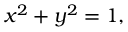
x ^ { 2 } + y ^ { 2 } = 1 ,